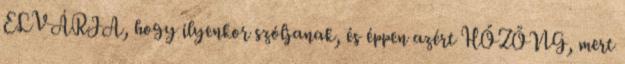
ELVÁRJA, hogy ilyenkor szóljanak, és éppen azért HŐZÖNG, mert